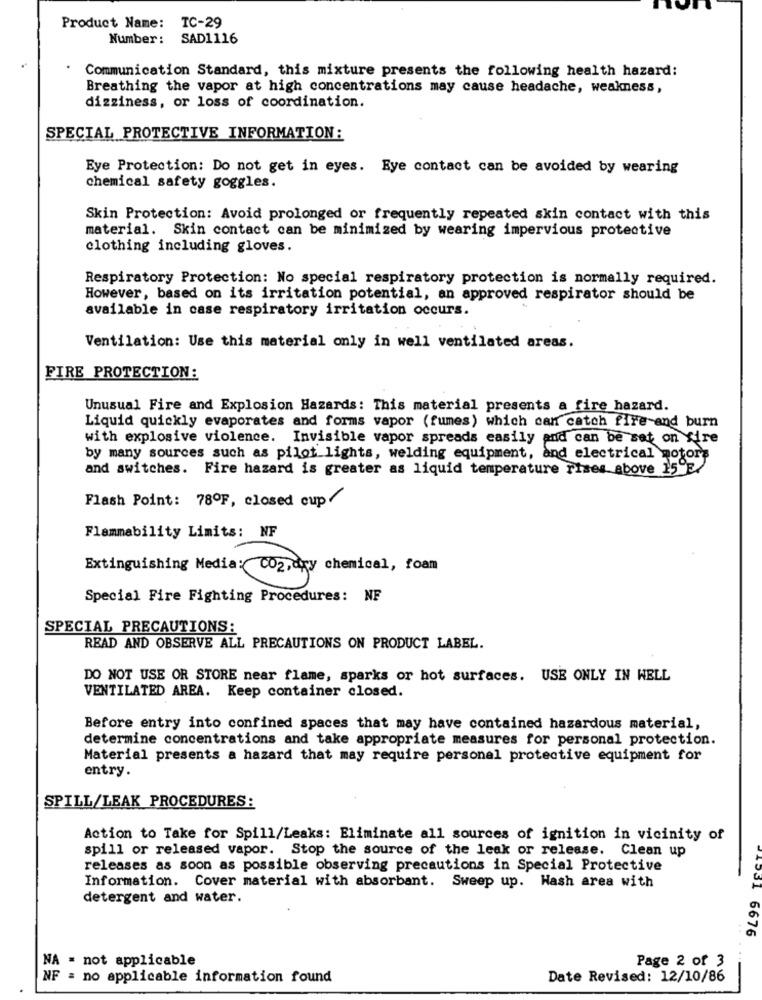
Product Name: TC-29
Number: SAD1116
Communication Standard, this mixture presents the following health hazard:
Breathing the vapor at high concentrations may cause headache, weakness,
dizziness, or loss of coordination.
SPECIAL PROTECTIVE INFORMATION:
Eye Protection: Do not get in eyes. Eye contact can be avoided by wearing
chemical safety goggles.
Skin Protection: Avoid prolonged or frequently repeated skin contact with this
material. Skin contact can be minimized by wearing impervious protective
clothing including gloves.
Respiratory Protection: No special respiratory protection is normally required.
However, based on its irritation potential, an approved respirator should be
available in case respiratory irritation occurs.
Ventilation: Use this material only in well ventilated areas.
FIRE PROTECTION:
Unusual Fire and Explosion Hazards: This material presents a fire hazard.
Liquid quickly evaporates and forms vapor (fumes) which can catch fire and burn
with explosive violence. Invisible vapor spreads easily and can be set on fire
by many sources such as pilot lights, welding equipment, and electrical motors
and switches. Fire hazard is greater as liquid temperature rises above 15"E/
Flash Point: 78ºF, closed cup/
Flammability Limits: NF
Extinguishing Media: CO2, dry chemical, foam
Special Fire Fighting Procedures: NF
SPECIAL PRECAUTIONS:
READ AND OBSERVE ALL PRECAUTIONS ON PRODUCT LABEL.
DO NOT USE OR STORE near flame, sparks or hot surfaces. USE ONLY IN WELL
VENTILATED AREA. Keep container closed.
Before entry into confined spaces that may have contained hazardous material,
determine concentrations and take appropriate measures for personal protection.
Material presents a hazard that may require personal protective equipment for
entry.
SPILL/LEAK PROCEDURES:
Action to Take for Spill/Leaks: Eliminate all sources of ignition in vicinity of
spill or released vapor. Stop the source of the leak or release. Clean up
releases as soon as possible observing precautions in Special Protective
Information. Cover material with absorbant. Sweep up. Hash area with
detergent and water.
31 6676
NA = not applicable
Page 2 of 3
NF = no applicable information found
Date Revised: 12/10/86